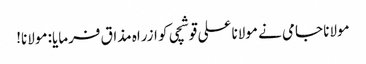
مولانا جامی نے مولانا علی قوشچی کو ازراہ مذاق فرمایا: مولانا!